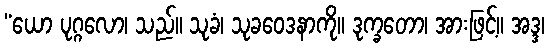
“ယော ပုဂ္ဂလော၊ သည်။ သုခံ၊ သုခဝေဒနာကို။ ဒုက္ခတော၊ အားဖြင့်။ အဒ္ဒ၊